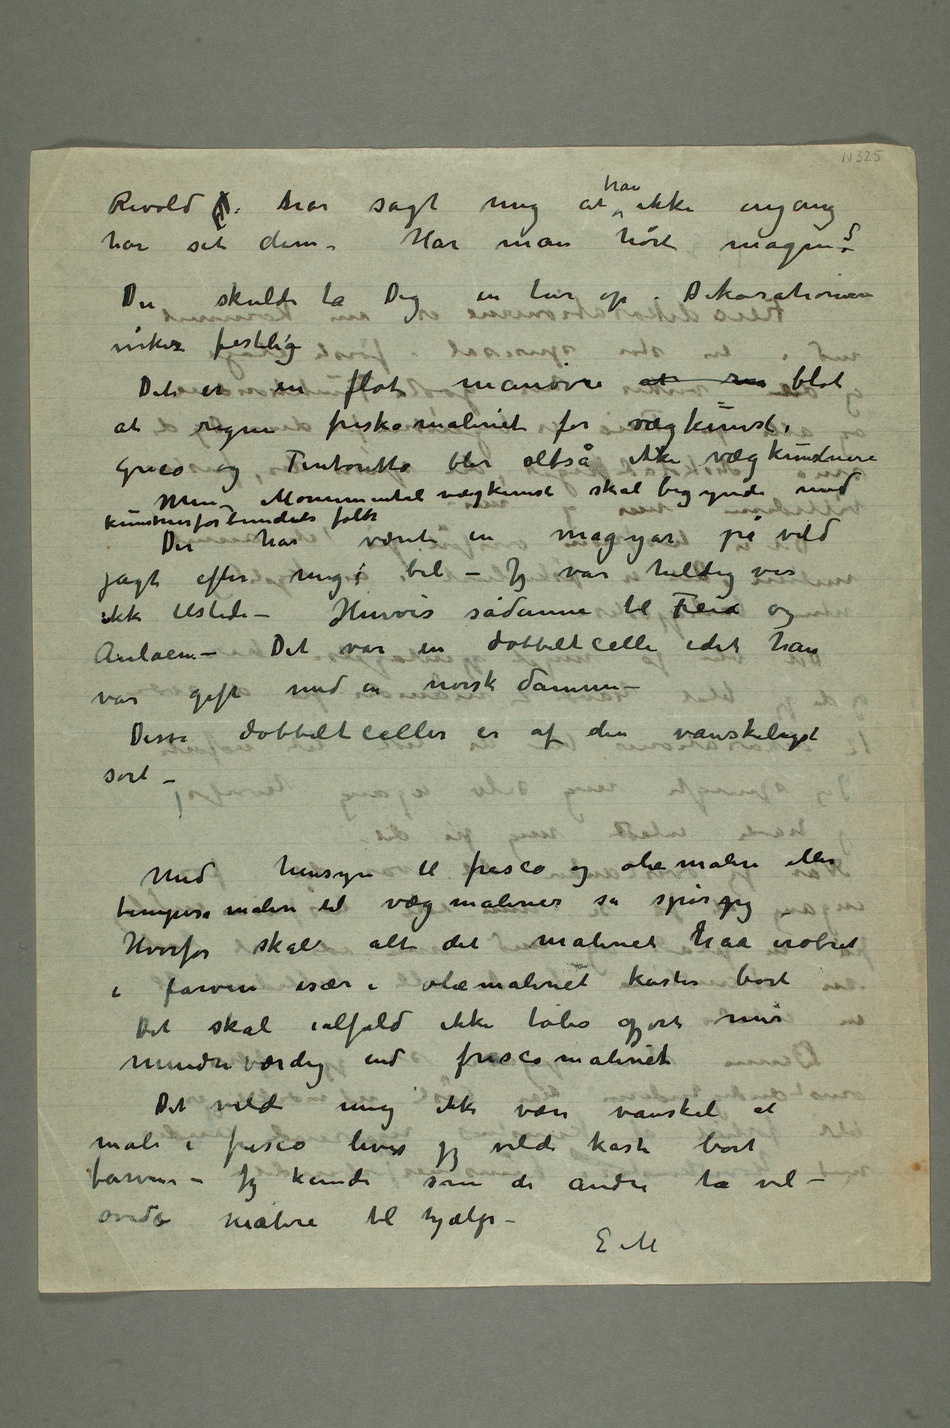
Revold  har sagt mig at han ikke engang
Du skulde ta Dig en tur op. Dekorationene
Det er en flot manøver at re blot
Greco og Tintoretto blir altså ikke vægkunstnere –
Men Monumetal vægkunst skal begynde med
kunstnerforbundets folk
Der har været en magyar på vild
ikke tilstede – Henvis sådanne til Freia og
Aulaen – Det var en dobbeltcelle idet han
var gift med en norsk damme –
Disse dobbeltceller er af den vanskeligste
sort –
Med hensyn til fresco og oliemaleri eller
Hvorfor skal alt det maleriet har erobret
Det vilde mig ikke være vanskeli at
male i fresco hvis jeg vilde kaste bort